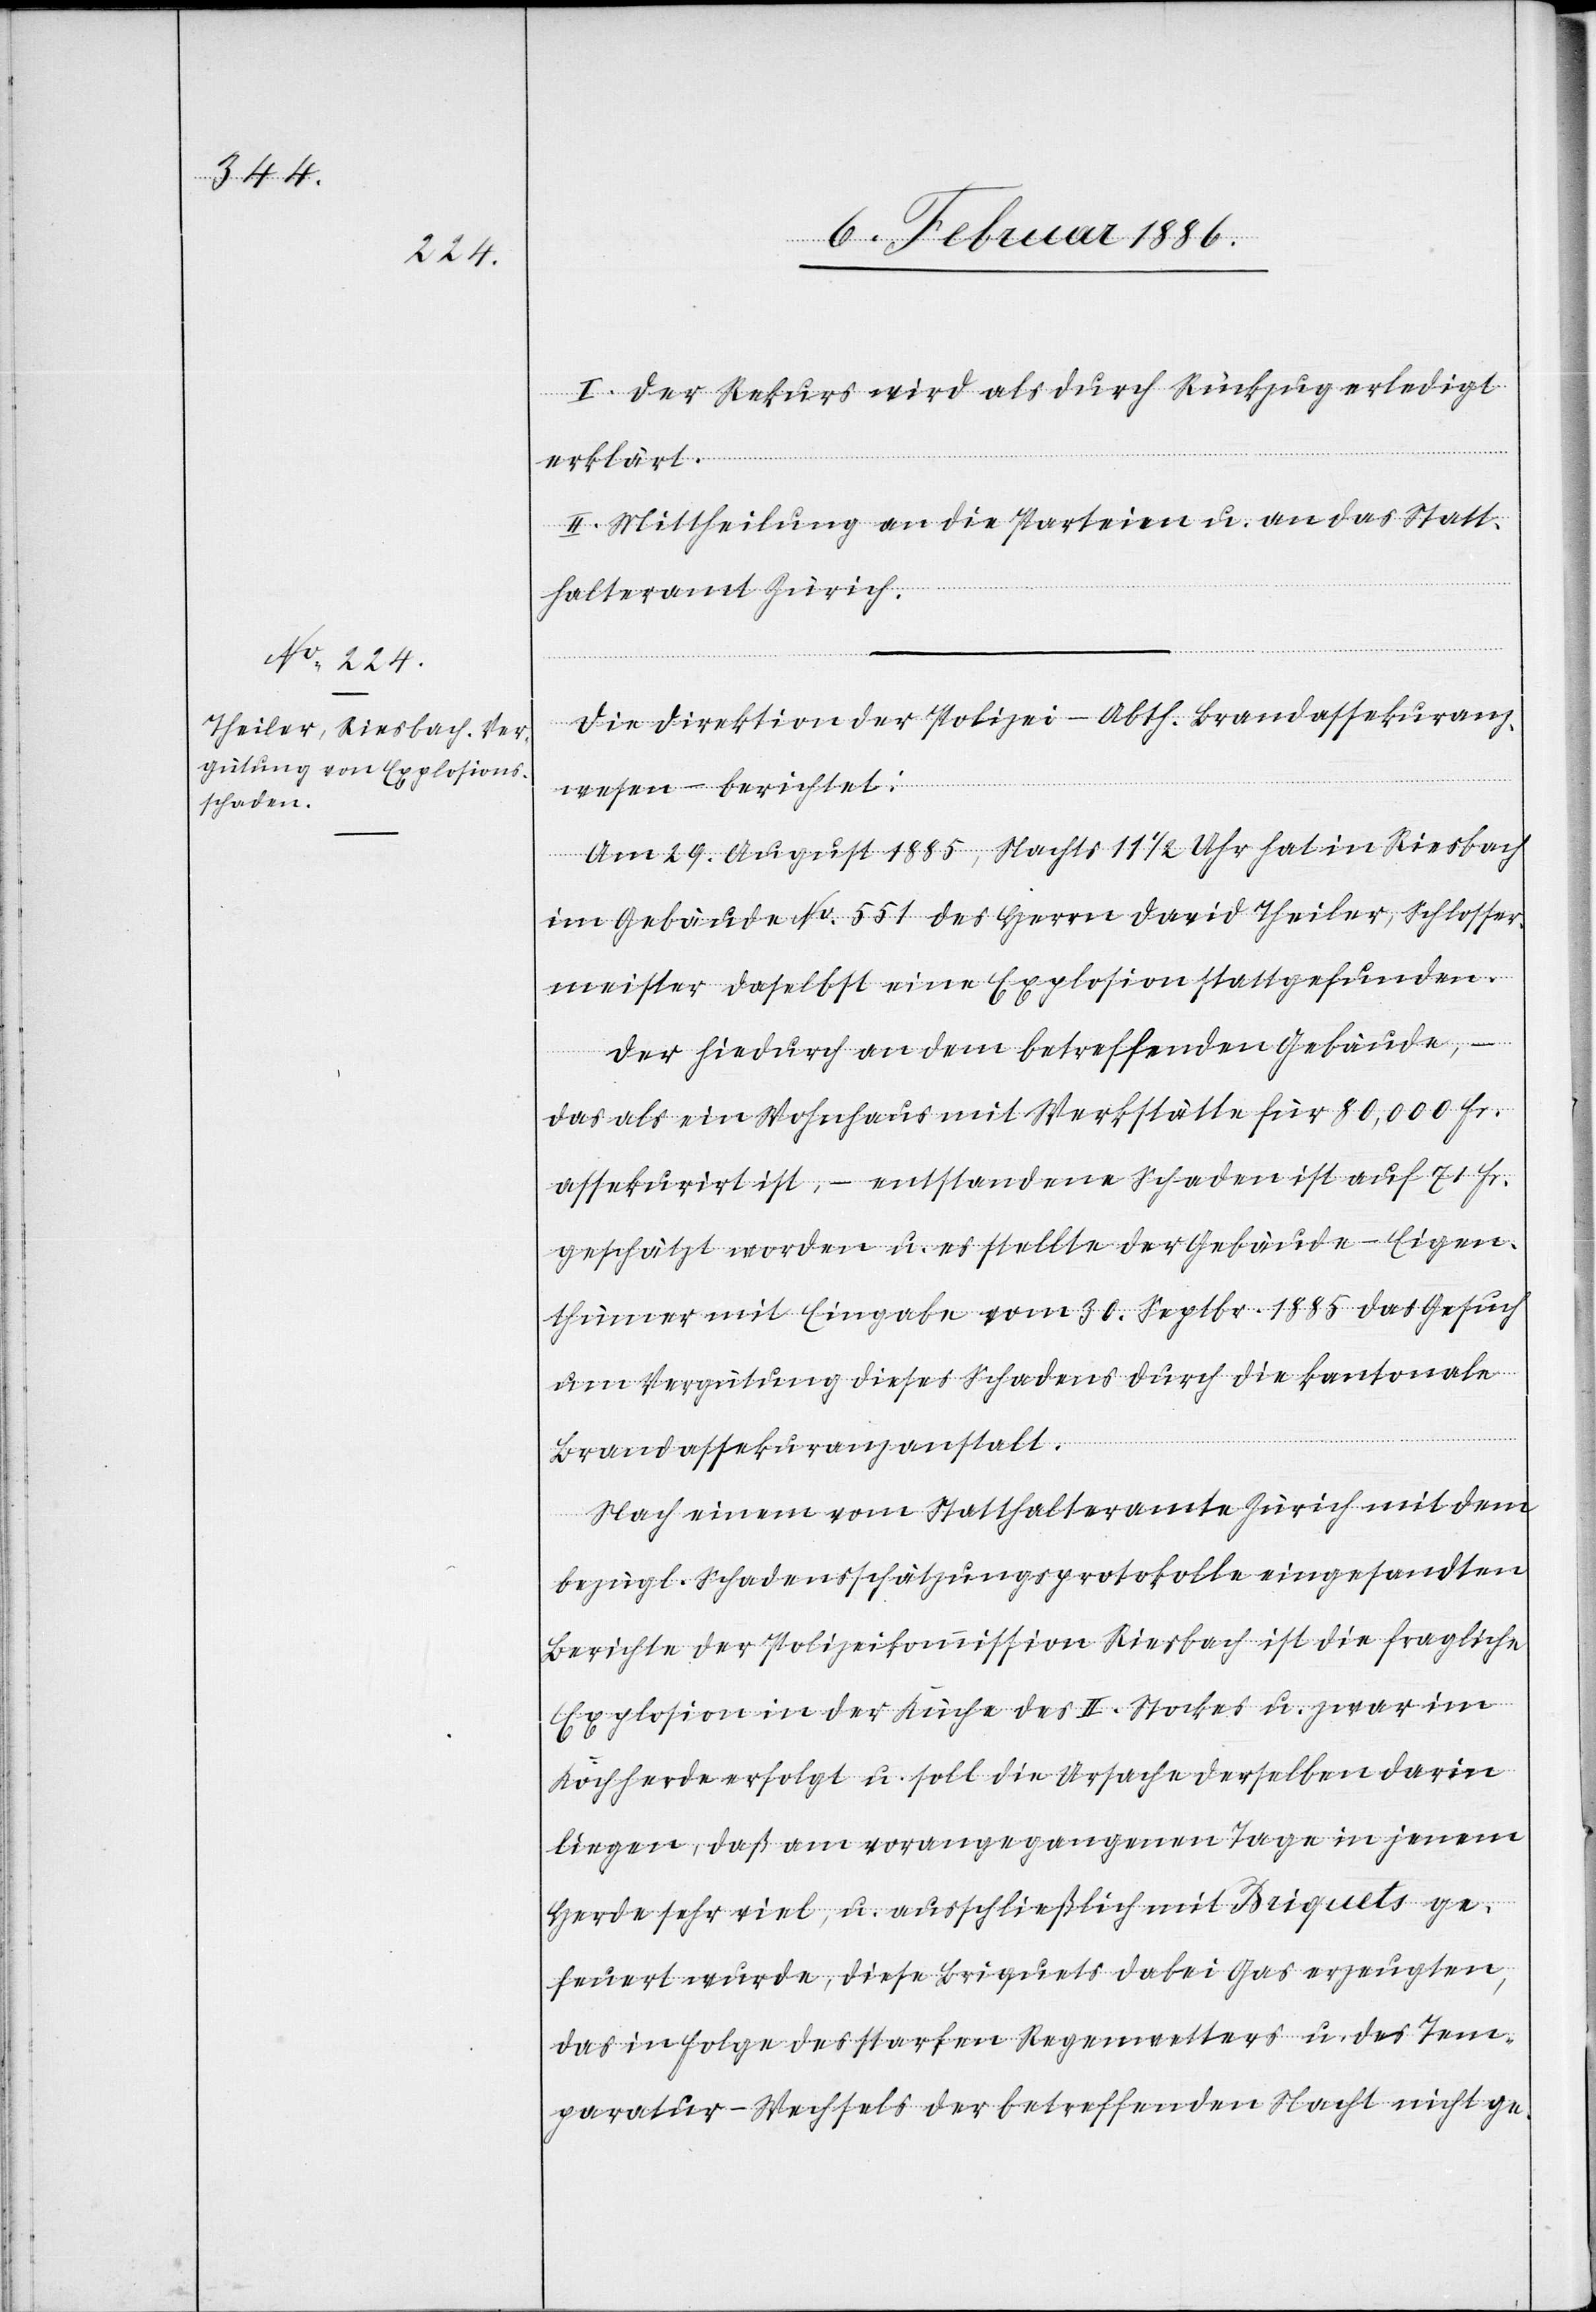
I. Der Rekurs wird als durch Rückzug erledigt
erklärt.
II. Mittheilung an die Parteien u. an das Statt¬
halteramt Zürich.
Die Direktion der Polizei – Abth. Brandassekuranz¬
wesen – berichtet:
Am 29. August 1885, Nachts 11 1/2 Uhr hat in Riesbach
im Gebäude No. 551 des Herrn David Theiler, Schlosser¬
meister daselbst eine Explosion stattgefunden.
Der hiedurch an dem betreffenden Gebäude,
das als ein Wohnhaus mit Werkstätten für 80,000 Fr.
assekurirt ist, – entstandenen Schaden ist auf 71 Fr.
geschätzt worden u. es stellte der Gebäude-Eigen¬
thümer mit Eingabe vom 30. Septbr. 1885 das Gesuch
um Vergütung dieses Schadens durch die kantonale
Brandassekuranzanstalt.
Nach einem vom Statthalteramte Zürich mit dem
bezügl. Schadensschätzungsprotokoll eingesandten
Berichte der Polizeikommission Riesbach ist die fragliche
Explosion in der Küche des II. Stockes u. zwar im
Kochherde erfolgt u. soll die Ursache derselben darin
liegen, daß am vorangegangenem Tage in jenem
Herde sehr viel, u. ausschließlich mit Briquets ge¬
feuert wurde, diese Briquets dabei Gas erzeugten,
das in Folge des starken Regenwetters u. des Tem¬
peratur-Wechsels der betreffenden Nacht nicht ge-